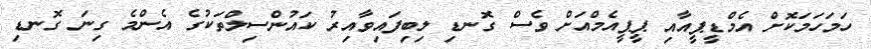
ހަމަހަމަކޮށް އެމްޑީޕީއާއި ޕީޕީއެމްއަށް ވެސް ގޮނޑި ލިބިފައިވާއިރު ކައުންސިލްތަކުގެ އެންމެ ގިނަ ގޮނޑި